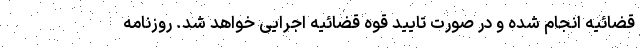
قضائیه انجام شده و در صورت تایید قوه قضائیه اجرایی خواهد شد. روزنامه